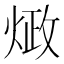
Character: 𰞺